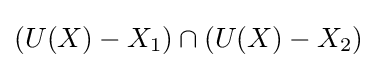
(U(X)-X_{1})\cap (U(X)-X_{2})